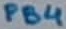
Text: PB4